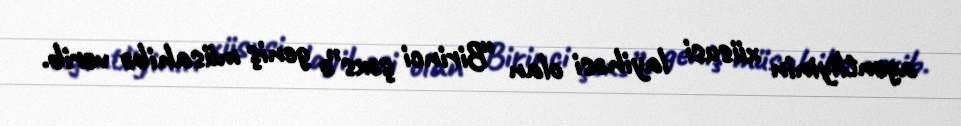
agentliyinin xüsusi layihəsi olan “Birinci şəxs”ə geniş müsahibə verib.